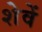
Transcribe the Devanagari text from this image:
शेवें